NAE_ERA_R-2362_Emakeele_Selts, lk 48
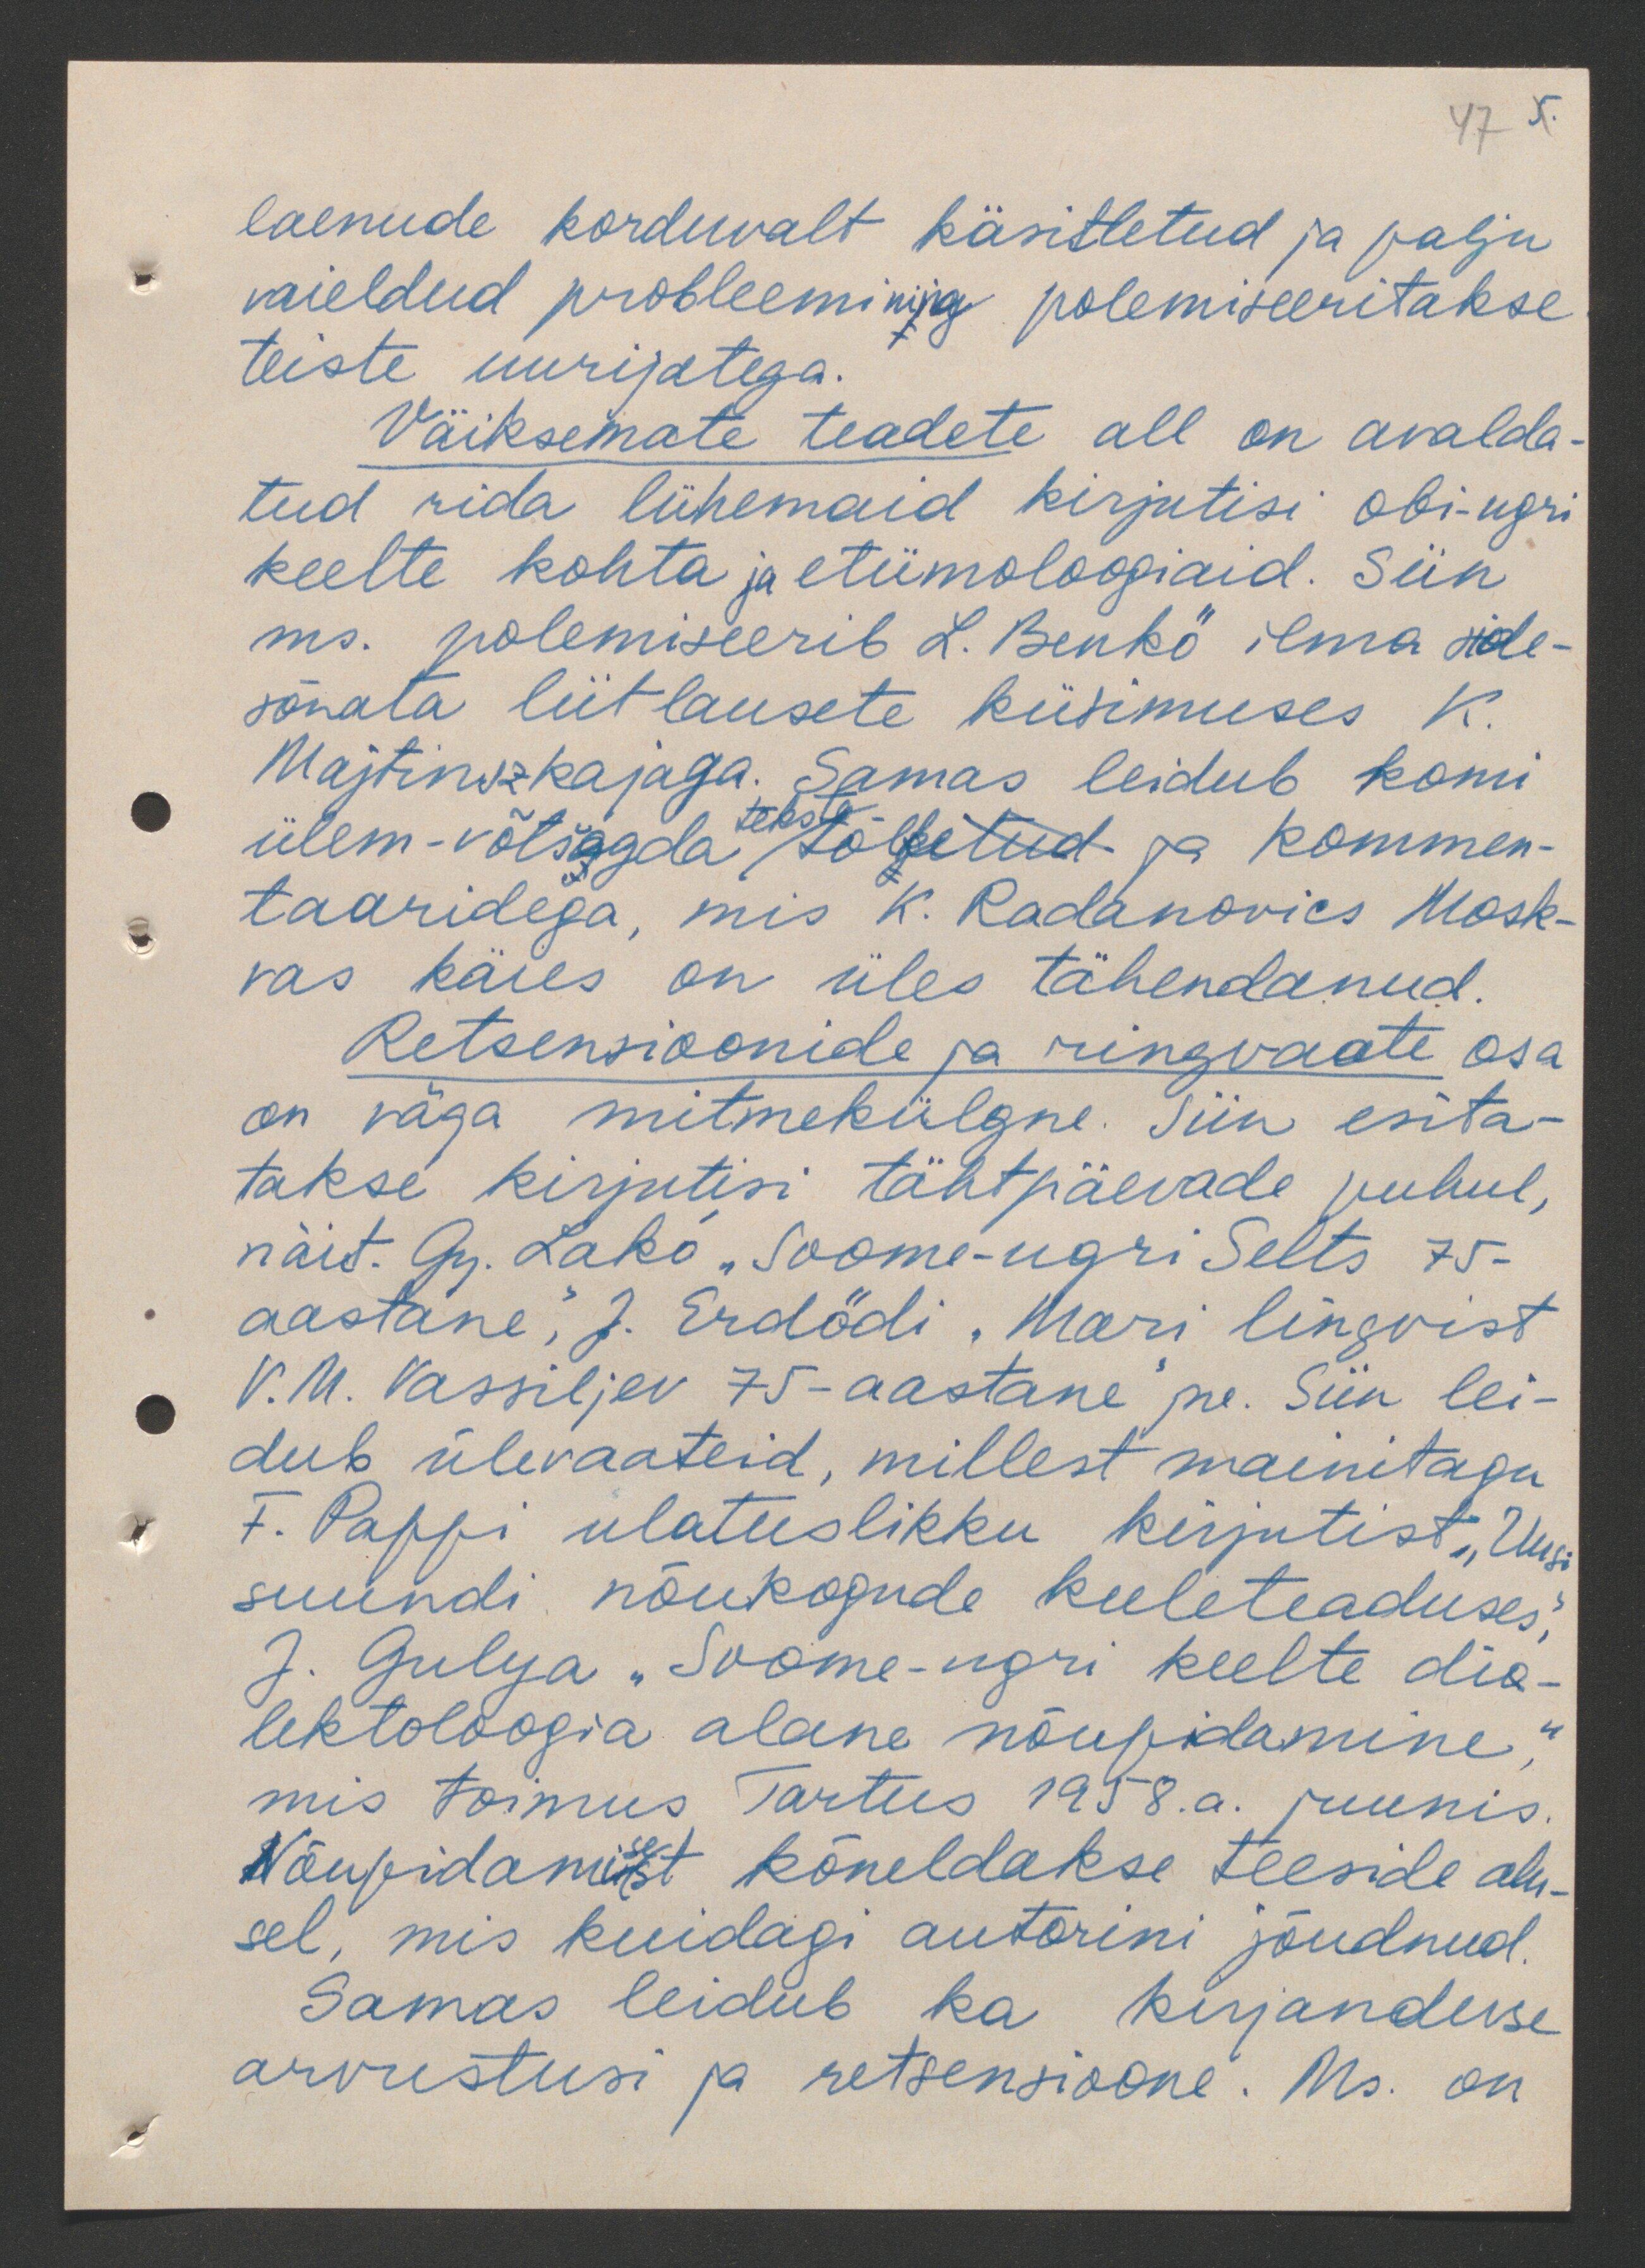
47
laenude korduvalt käsitletud ja palju
vaieldud probleemi ning polemiseeritakse
teiste uurijatega.
Väiksemate teadete all on avalda-
tud rida lühemaid kirjutisi obi-ugri
keelte kohta ja etümoloogiaid. Siin
ms. polemiseerib L. Benko ilma side-
sõnata liitlausete küsimuses K.
Majtinszkajaga. Samas leidub komi
ülem-võtšagda tõlketud ja kommen-
tekste
taaridega, mis K. Radanovics Mosk-
vas käies on üles tähendanud.
Retsensioonide ja ringvaate osa
on väga mitmekülgne. Siin esita-
takse kirjutisi tähtpäevade puhul,
näit. Gy. Lako "Soome-ugri Selts 75-
aastane", J. Erdödi "Mari lingvist
V. M. Vassiljev 75-aastane" jne. Siin lei-
dub ülevaateid, millest mainitagu
F. Pappi ulatuslikku kirjutist "Uusi
suundi nõukogude keeleteaduses",
J. Gulya "Soome-ugri keelte dia-
lektoloogia alane nõupidamine",
mis toimus Tartus 1958.a. juunis.
Nõupidamisest kõneldakse teeside alu-
sel, mis kuidagi autorini jõudnud.
Samas leidub ka kirjanduse
arvustusi ja retsensioone. Ms on